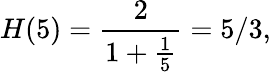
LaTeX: H(5)={\frac{2}{1+{\frac{1}{5}}}}=5/3,